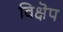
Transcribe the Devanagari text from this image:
विक्षॆप